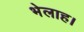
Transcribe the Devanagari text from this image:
भेलाह।